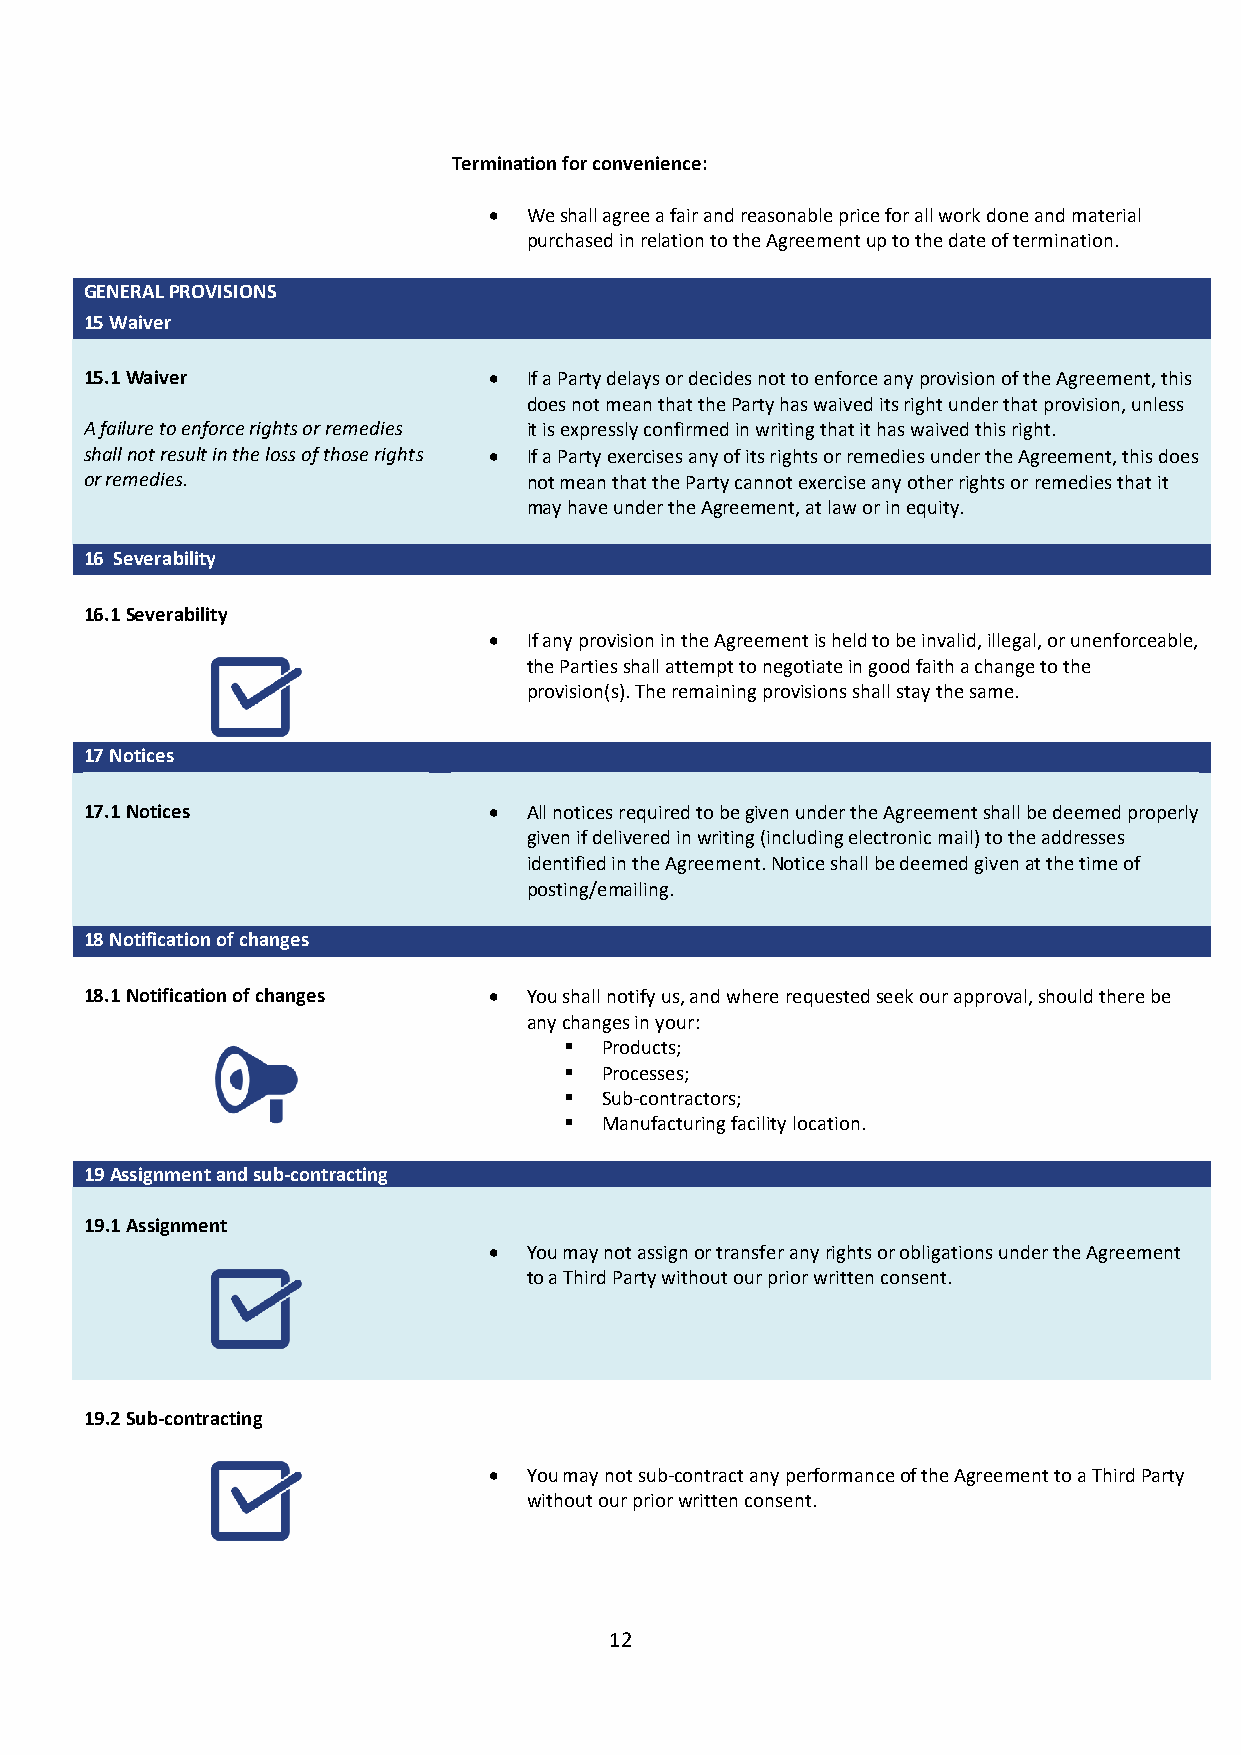
Termination for convenience:
 •  We shall agree a fair and reasonable price for all work done and material
 purchased in relation to the Agreement up to the date of termination.
 GENERAL PROVISIONS
 15 Waiver
 15.1 Waiver               •  If a Party delays or decides not to enforce any provision of the Agreement, this
 does not mean that the Party has waived its right under that provision, unless
 A failure to enforce rights or remedies it is expressly confirmed in writing that it has waived this right.
 shall not result in the loss of those rights • If a Party exercises any of its rights or remedies under the Agreement, this does
 or remedies.                 not mean that the Party cannot exercise any other rights or remedies that it
 may have under the Agreement, at law or in equity.
 16 Severability
 16.1 Severability
 •  If any provision in the Agreement is held to be invalid, illegal, or unenforceable,
 the Parties shall attempt to negotiate in good faith a change to the
 provision(s). The remaining provisions shall stay the same.
 17 Notices
 17.1 Notices              •  All notices required to be given under the Agreement shall be deemed properly
 given if delivered in writing (including electronic mail) to the addresses
 identified in the Agreement. Notice shall be deemed given at the time of
 posting/emailing.
 18 Notification of changes
 18.1 Notification of changes • You shall notify us, and where requested seek our approval, should there be
 any changes in your:
   Products;
   Processes;
   Sub-contractors;
   Manufacturing facility location.
 19 Assignment and sub-contracting
 19.1 Assignment
 •  You may not assign or transfer any rights or obligations under the Agreement
 to a Third Party without our prior written consent.
 19.2 Sub-contracting
 •  You may not sub-contract any performance of the Agreement to a Third Party
 without our prior written consent.
 12